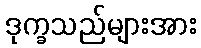
ဒုက္ခသည်များအား